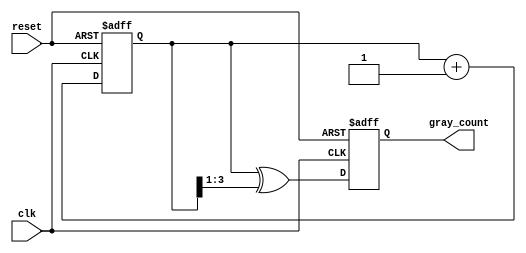
module Gray_Counter_Clock_Divider(
    input wire clk, // Clock input signal
    input wire reset, // Reset signal
    output wire [3:0] gray_count // Gray code counter output
);

reg [3:0] count_reg;
reg [3:0] gray_count_reg;

always @(posedge clk or posedge reset) begin
    if (reset) begin
        count_reg <= 4'b0000;
        gray_count_reg <= 4'b0000;
    end else begin
        count_reg <= count_reg + 1;
        gray_count_reg <= count_reg ^ (count_reg >> 1);
    end
end

assign gray_count = gray_count_reg;

endmodule